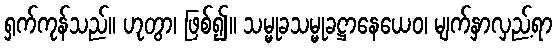
ရှက်ကုန်သည်။ ဟုတွာ၊ ဖြစ်၍။ သမ္မုခသမ္မုခဋ္ဌာနေယေဝ၊ မျက်နှာလှည့်ရာ